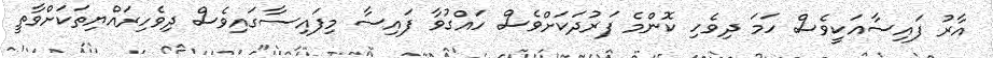
އާރު ފައިސާއަކީވެސް ހަމަ ދިވެހި ކޮންމެ ފަރުދަކަށްވެސް ހައްގުވާ ފައިސާ މިފައިސާގައިވެސް ދިވެހިރައްޔިތަކަށްވާތީ